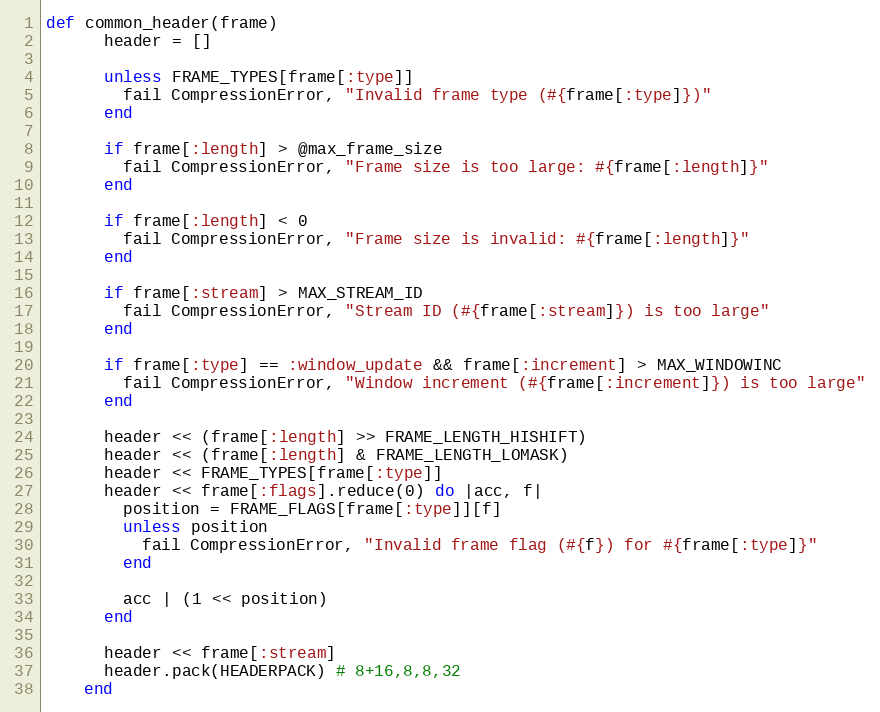
Language: Ruby
def common_header(frame)
      header = []

      unless FRAME_TYPES[frame[:type]]
        fail CompressionError, "Invalid frame type (#{frame[:type]})"
      end

      if frame[:length] > @max_frame_size
        fail CompressionError, "Frame size is too large: #{frame[:length]}"
      end

      if frame[:length] < 0
        fail CompressionError, "Frame size is invalid: #{frame[:length]}"
      end

      if frame[:stream] > MAX_STREAM_ID
        fail CompressionError, "Stream ID (#{frame[:stream]}) is too large"
      end

      if frame[:type] == :window_update && frame[:increment] > MAX_WINDOWINC
        fail CompressionError, "Window increment (#{frame[:increment]}) is too large"
      end

      header << (frame[:length] >> FRAME_LENGTH_HISHIFT)
      header << (frame[:length] & FRAME_LENGTH_LOMASK)
      header << FRAME_TYPES[frame[:type]]
      header << frame[:flags].reduce(0) do |acc, f|
        position = FRAME_FLAGS[frame[:type]][f]
        unless position
          fail CompressionError, "Invalid frame flag (#{f}) for #{frame[:type]}"
        end

        acc | (1 << position)
      end

      header << frame[:stream]
      header.pack(HEADERPACK) # 8+16,8,8,32
    end